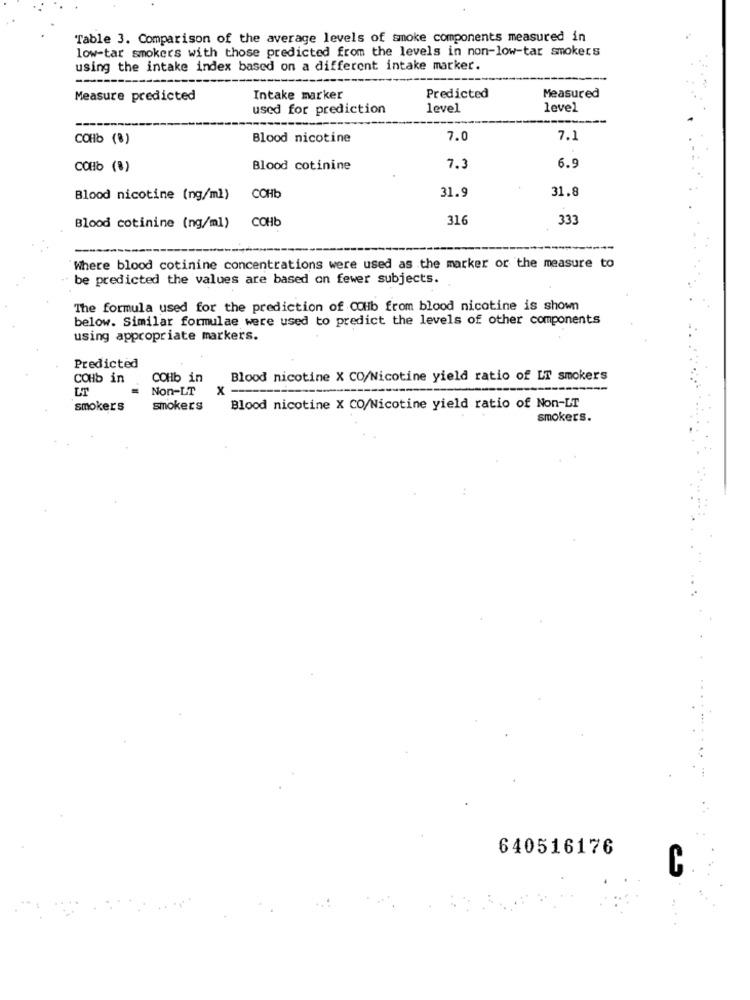
Table 3. Comparison of the average levels of smoke components measured in
low-tar smokers with those predicted from the levels in non-low-tar smokers
using the intake index based on a different intake marker.
--
Measure predicted
Intake marker
Predicted
Measured
used for prediction
level
level
COHb (8)
Blood nicotine
7.0
7.1
COHb (8)
Blood cotinine
7.3
6.9
31.9
31.8
Blood nicotine (ng/ml)
COHb
COHb
316
333
Blood cotinine (ng/ml)
Where blood cotinine concentrations were used as the marker or the measure to
be predicted the values are based on fewer subjects.
The formula used for the prediction of COHb from blood nicotine is shown
below. Similar formulae were used to predict the levels of other components
using appropriate markers.
Predicted
COHb in
COHb in
Blood nicotine X CO/Nicotine yield ratio of LT smokers
LT
Non-LT
x-
smokers
smokers
Blood nicotine X CO/Nicotine yield ratio of Non-LT
smokers.
640516176
C